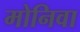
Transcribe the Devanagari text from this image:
मोनिवा